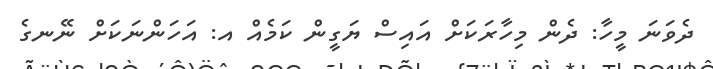
ދެވަނަ މީހާ: ދެން މިހާރަކަށް އައިސް ޔަގީން ކަމެއް އ: އަހަންނަކަށް ނޭނގެ